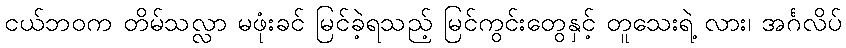
ငယ်ဘဝက တိမ်သလ္လာ မဖုံးခင် မြင်ခဲ့ရသည့် မြင်ကွင်းတွေနှင့် တူသေးရဲ့ လား၊ အင်္ဂလိပ်